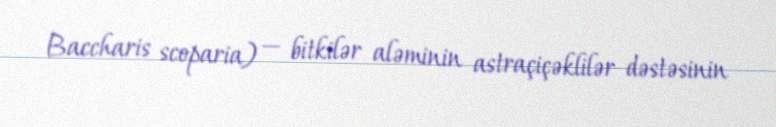
Baccharis scoparia) — bitkilər aləminin astraçiçəklilər dəstəsinin